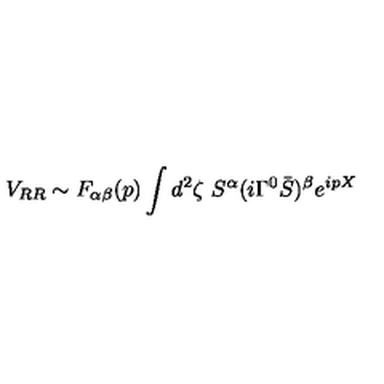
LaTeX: V _ { R R } \sim F _ { \alpha \beta } ( p ) \int d ^ { 2 } \zeta \ S ^ { \alpha } ( i \Gamma ^ { 0 } { \bar { S } } ) ^ { \beta } e ^ { i p X }